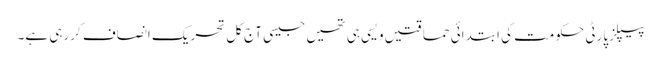
پیپلزپارٹی حکومت کی ابتدائی حماقتیں ویسی ہی تھیں جیسی آج کل تحریک انصاف کررہی ہے۔